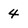
Character: 4